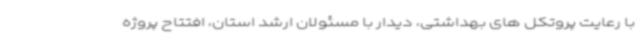
با رعایت پروتکل های بهداشتی، دیدار با مسئولان ارشد استان، افتتاح پروژه